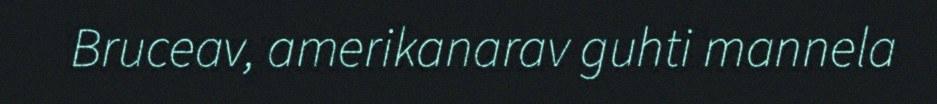
Bruceav, amerikanarav guhti mannela